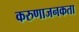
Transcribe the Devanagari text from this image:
करुणाजनकता